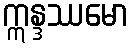
ဣန္ဒဿမော